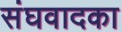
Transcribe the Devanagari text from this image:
संघवादका